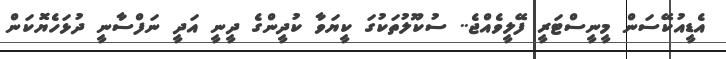
އެޑީއުކޭސަން މީނީސްޓަރީ ފޭލީވެއްޖެ.. ސުކޫލުތަކުގަ ކީޔަވާ ކުދީންގެ ދީނީ އަދީ ނަފްސާނީ ދުޅަހެޔޮކަން